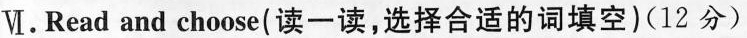
Ⅵ.Read and choose(读一读,选择合适的词填空)(12 分)